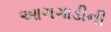
આગગાડીની